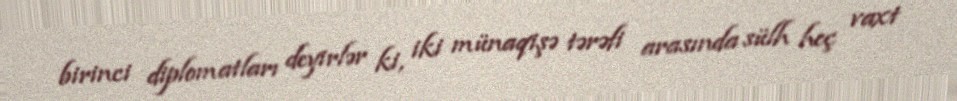
birinci diplomatları deyirlər ki, iki münaqişə tərəfi arasında sülh heç vaxt